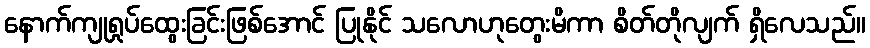
နောက်ကျုရှုပ်ထွေးခြင်းဖြစ်အောင် ပြုနိုင် သလောဟုတွေးမိကာ စိတ်တိုလျက် ရှိလေသည်။